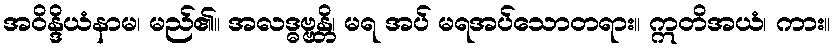
အဝိန္ဒိယံနာမ၊ မည်၏။ အလဒ္ဓဗ္ဗန္တိ၊ မရ အပ် မရအပ်သောတရား။ ဣတိအယံ၊ ကား။